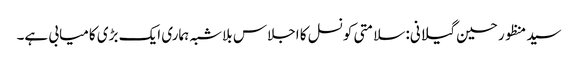
سید منظور حسین گیلانی: سلامتی کونسل کا اجلاس بلاشبہ ہماری ایک بڑی کامیابی ہے۔